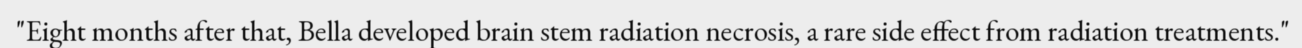
"Eight months after that, Bella developed brain stem radiation necrosis, a rare side effect from radiation treatments."